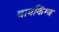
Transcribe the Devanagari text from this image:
वायकिंग्ज